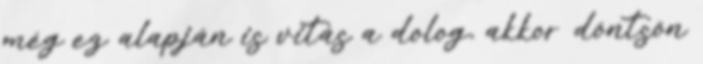
még ez alapján is vitás a dolog, akkor döntsön